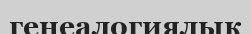
генеалогиялык